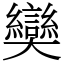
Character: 奱